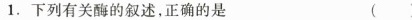
1.下列有关酶的叙述，正确的是( )